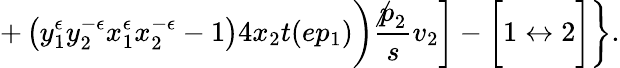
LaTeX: +\left(y_{1}^{\epsilon}y_{2}^{-\epsilon}x_{1}^{\epsilon}x_{2}^{-\epsilon}-1\right)4x_{2}t(ep_{1})\biggr)\frac{\not p_{2}}{s}v_{2}\biggr]-\biggl[1\leftrightarrow 2\biggr]\biggr\} .